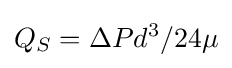
Q_{S}=\Delta Pd^{3}/24\mu